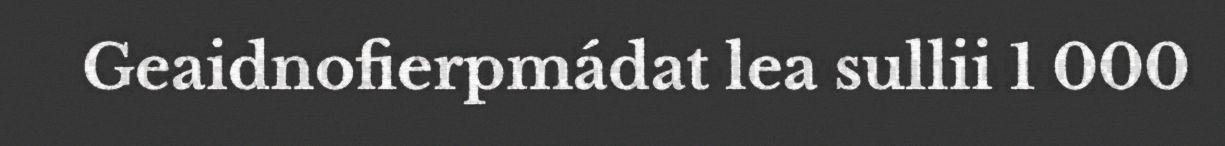
Geaidnofierpmádat lea sullii 1 000